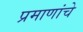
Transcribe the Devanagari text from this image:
प्रमाणांचे